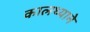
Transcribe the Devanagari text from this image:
कालथ्याने